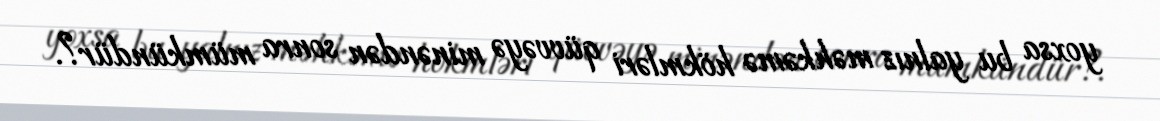
yoxsa bu yalnız məhkəmə hökmləri qüvvəyə minəndən sonra mümkündür?.